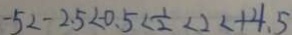
- 5 < - 2 . 5 < - 0 . 5 < \frac { 1 } { 2 } < 2 < + 4 . 5